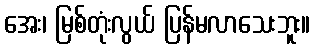
အေး၊ မြစ်တုံးလွယ် ပြန်မလာသေးဘူး။